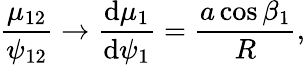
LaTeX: \frac{\mu_{12}}{\psi_{12}}\rightarrow\frac{\mathrm d\mu_{1}}{\mathrm d\psi_{1}}=\frac{a\cos\beta_{1}}R,